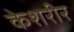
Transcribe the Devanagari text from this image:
केशरीर